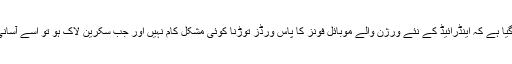
اس نئی تحقیق میں بتایا گیا ہے کہ اینڈرائیڈ کے نئے ورژن والے موبائل فونز کا پاس ورڈز توڑنا کوئی مشکل کام نہیں اور جب سکرین لاک ہو تو اسے آسانی سے توڑا جا سکتا ہے۔